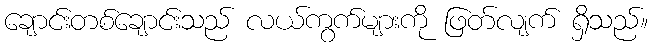
ချောင်းတစ်ချောင်းသည် လယ်ကွက်များကို ဖြတ်လျက် ရှိသည်။